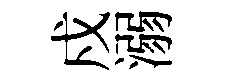
戍溺